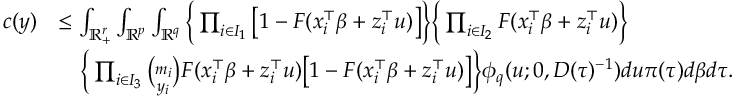
\begin{array} { r l } { c ( y ) } & { \le \int _ { \mathbb { R } _ { + } ^ { r } } \int _ { \mathbb { R } ^ { p } } \int _ { \mathbb { R } ^ { q } } \bigg \{ \prod _ { i \in I _ { 1 } } \big [ 1 - F ( x _ { i } ^ { \top } \beta + z _ { i } ^ { \top } u ) \big ] \bigg \} \bigg \{ \prod _ { i \in I _ { 2 } } F ( x _ { i } ^ { \top } \beta + z _ { i } ^ { \top } u ) \bigg \} } \\ & { \quad \bigg \{ \prod _ { i \in I _ { 3 } } { \binom { m _ { i } } { y _ { i } } } F ( x _ { i } ^ { \top } \beta + z _ { i } ^ { \top } u ) \big [ 1 - F ( x _ { i } ^ { \top } \beta + z _ { i } ^ { \top } u ) \big ] \bigg \} \phi _ { q } ( u ; 0 , D ( \tau ) ^ { - 1 } ) d u \pi ( \tau ) d \beta d \tau . } \end{array}